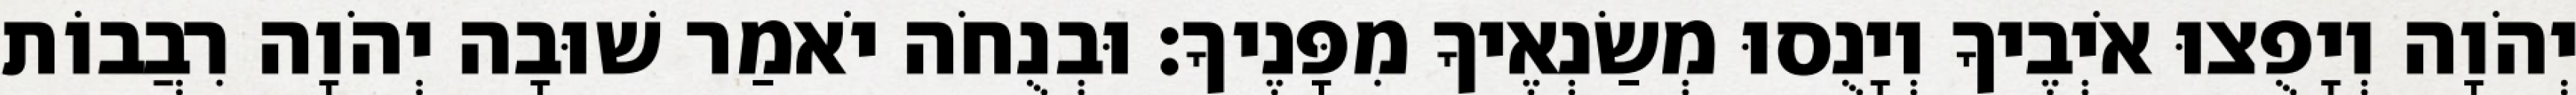
יְהֹוָה וְיָפֻצוּ אֹיְבֶיךָ וְיָנֻסוּ מְשַׂנְאֶיךָ מִפָּנֶיךָ׃ וּבְנֻחֹה יֹאמַר שׁוּבָה יְהֹוָה רִבֲבוֹת